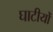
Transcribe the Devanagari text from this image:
घाटीयोँ